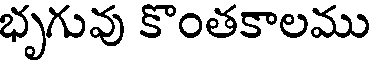
భృగువు కొంతకాలము